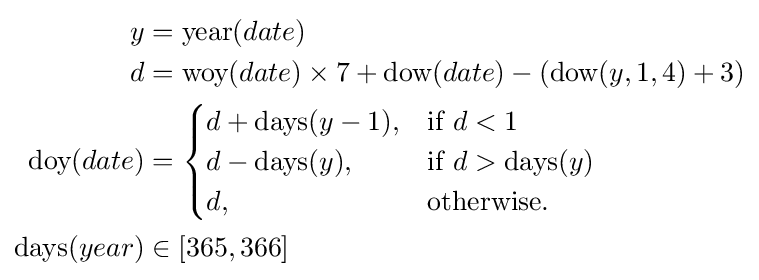
{\begin{aligned}y&={\text{year}}(date)\\d&={\text{woy}}(date)\times 7+{\text{dow}}(date)-({\text{dow}}(y,1,4)+3)\\{\text{doy}}(date)&={\begin{cases}d+{\text{days}}(y-1),&{\text{if }}d<1\\d-{\text{days}}(y),&{\text{if }}d>{\text{days}}(y)\\d,&{\text{otherwise.}}\end{cases}}\\{\text{days}}(year)&\in [365,366]\\\end{aligned}}